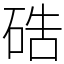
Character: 硞